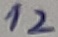
Text: 12